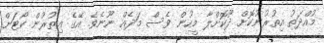
މުއްދަތު އިތުރުނުކޮށް ދޫކޮށްލާ މީހުން ވެސް މަދެއް ނޫނެވެ. އޭގެ އިތުރުން ކޯޓަށް